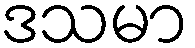
ဒသမာ